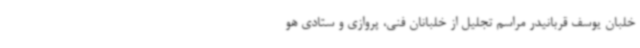
خلبان یوسف قربانیدر مراسم تجلیل از خلبانان فنی، پروازی و ستادی هو